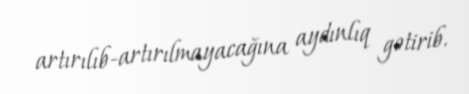
artırılıb-artırılmayacağına aydınlıq gətirib.